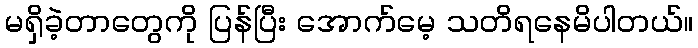
မရှိခဲ့တာတွေကို ပြန်ပြီး အောက်မေ့ သတိရနေမိပါတယ်။